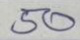
50